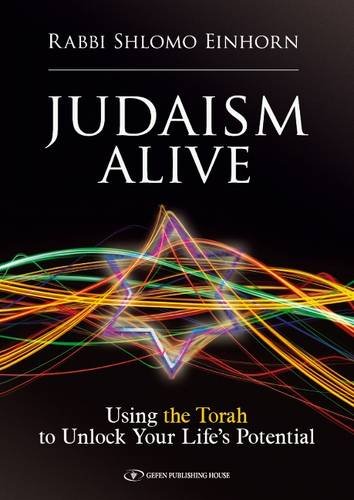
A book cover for Judaism Alive: Using the Torah to Unlock Your Life's Potential; Rabbi Shlomo Einhorn; Religion & Spirituality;